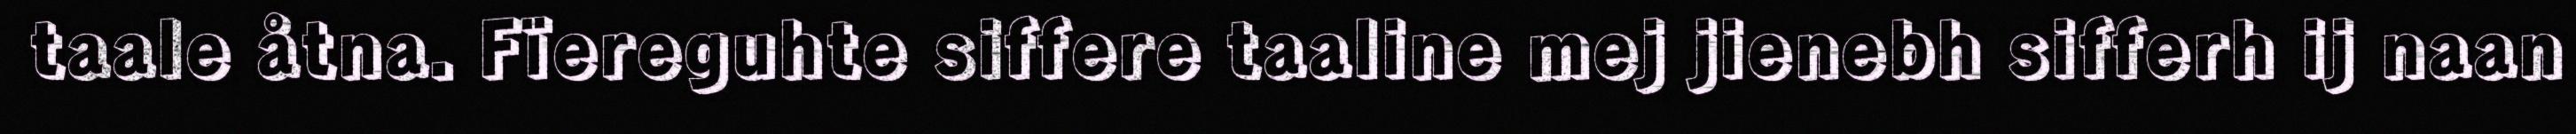
taale åtna. Fïereguhte siffere taaline mej jienebh sifferh ij naan